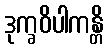
ဒုက္ခဝိပါကန္တိ